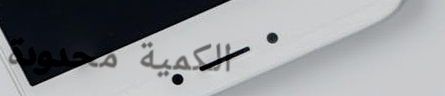
الكمية محدودة